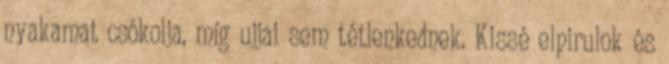
nyakamat csókolja, míg ujjai sem tétlenkednek. Kissé elpirulok és